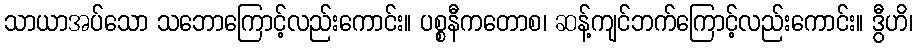
သာယာအပ်သော သဘောကြောင့်လည်းကောင်း။ ပစ္စနီကတောစ၊ ဆန့်ကျင်ဘက်ကြောင့်လည်းကောင်း။ ဒွီဟိ၊